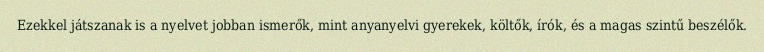
Ezekkel játszanak is a nyelvet jobban ismerők, mint anyanyelvi gyerekek, költők, írók, és a magas szintű beszélők.